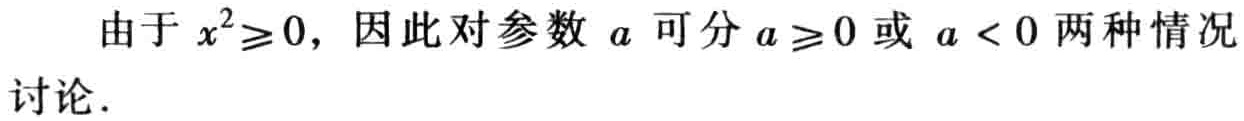
由于 \(x^{2}\geq0\)，因此对参数 \(a\) 可分 \(a\geq0\) 或 \(a < 0\) 两种情况讨论．